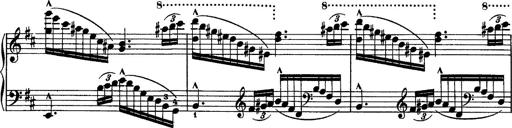
Title: Piano Sonata
Composer: Karl HÃ¤ssler
Key: C major